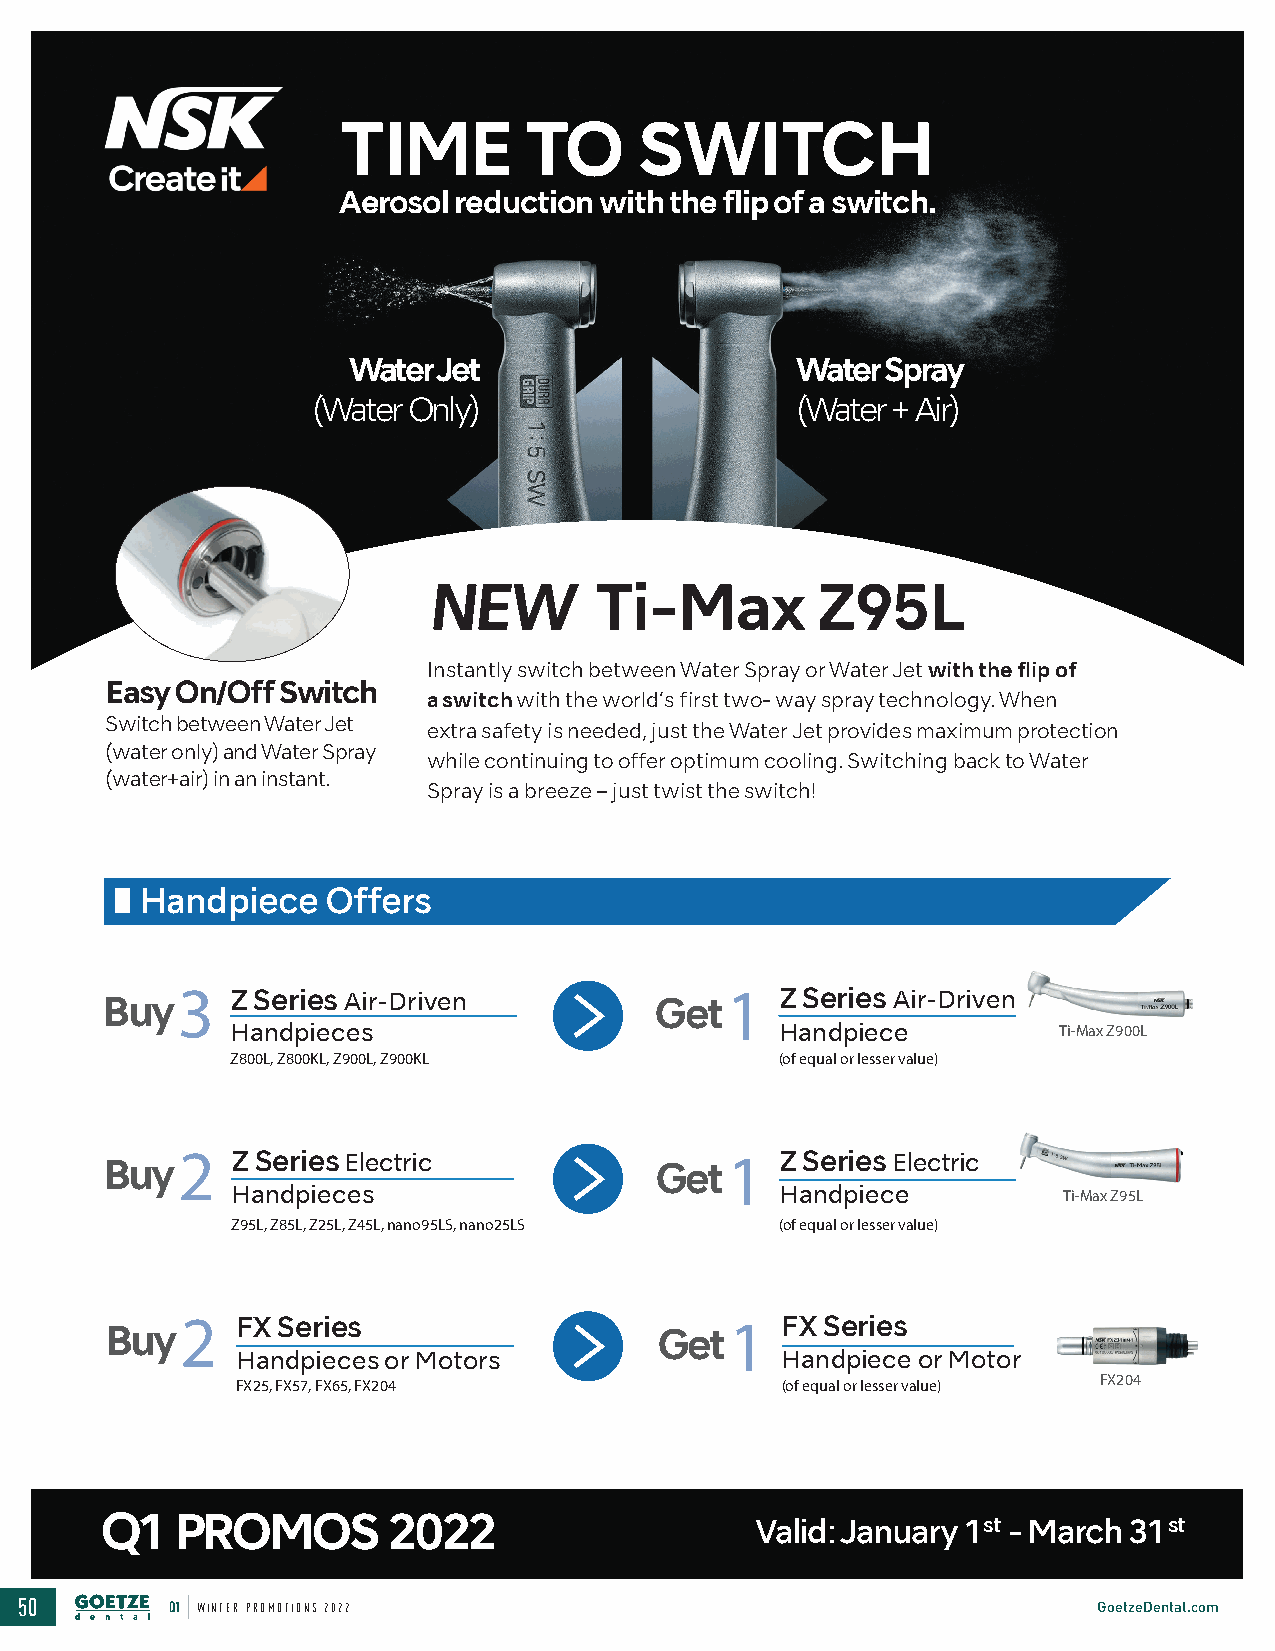
TIME        TO     SWITCH
 Aerosol reduction with the flip of a switch.
 Water Jet                     Water Spray
 (Water Only)                    (Water + Air)
 NEW         Ti-Max        Z95L
 Instantly switch between Water Spray or Water Jet with the flip of
 Easy On/Off Switch
 a switch with the world’s first two- way spray technology. When
 Switch between Water Jet
 extra safety is needed, just the Water Jet provides maximum protection
 (water only) and Water Spray
 while continuing to offer optimum cooling. Switching back to Water
 (water+air) in an instant.
 Spray is a breeze – just twist the switch!
 Handpiece    Offers
 Buy  3  Z Series Air-Driven          Get 1   Z Series Air-Driven
 Handpieces                           Handpiece         Ti-Max Z900L
 Z800L, Z800KL, Z900L, Z900KL         (of equal or lesser value)
 2   Z Series Electric               1   Z Seri es Electric
 Buy                                  Get
 Handpieces                          Handpiece          Ti-Max Z95L
 Z95L, Z85L, Z25L, Z45L, nano95LS, nano25LS (of equal or lesser value)
 2   FX Series                        1  FX Series
 Buy                                  Get
 Handpieces or Motors                Handpiece or Motor
 FX25, FX57, FX65, FX204             (of equal or lesser value) FX204
 Q1   PROMOS        2022                    Valid: January 1st - March 31st
 50        Q1 WINTER PROMOTIONS 2022                                     GoetzeDental.com